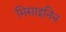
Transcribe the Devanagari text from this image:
मिसाइनिन